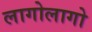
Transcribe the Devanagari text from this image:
लागोलागो